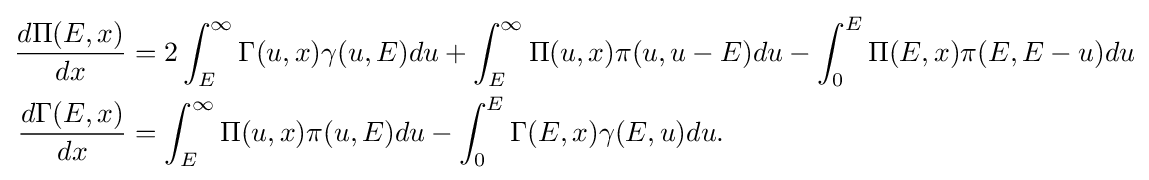
{\begin{aligned}{\frac {d\Pi (E,x)}{dx}}&=2\int _{E}^{\infty }\Gamma (u,x)\gamma (u,E)du+\int _{E}^{\infty }\Pi (u,x)\pi (u,u-E)du-\int _{0}^{E}\Pi (E,x)\pi (E,E-u)du\\{\frac {d\Gamma (E,x)}{dx}}&=\int _{E}^{\infty }\Pi (u,x)\pi (u,E)du-\int _{0}^{E}\Gamma (E,x)\gamma (E,u)du.\end{aligned}}